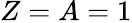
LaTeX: Z=A=1